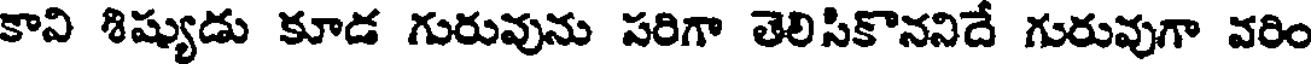
కావి శిష్యుడు కూడ గురువును పరిగా తెలిసికొననిదే గురువుగా వరిం